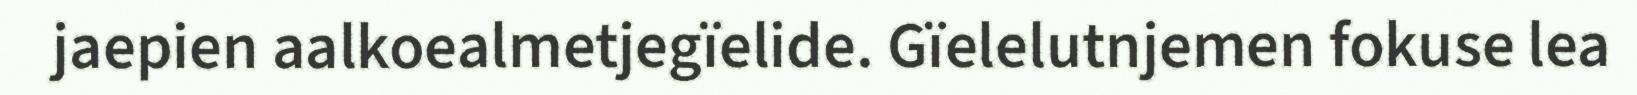
jaepien aalkoealmetjegïelide. Gïelelutnjemen fokuse lea